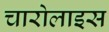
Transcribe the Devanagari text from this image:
चारोलाइस